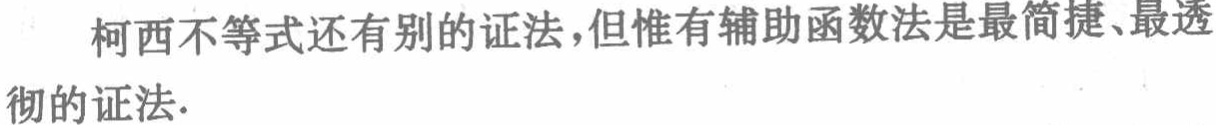
柯西不等式还有别的证法，但惟有辅助函数法是最简捷、最透彻的证法.